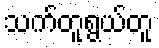
သက်တူရွယ်တူ